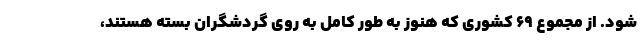
شود. از مجموع 69 کشوری که هنوز به طور کامل به روی گردشگران بسته هستند،